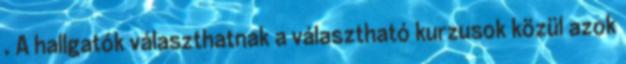
. A hallgatók választhatnak a választható kurzusok közül azok